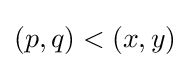
(p,q)<(x,y)